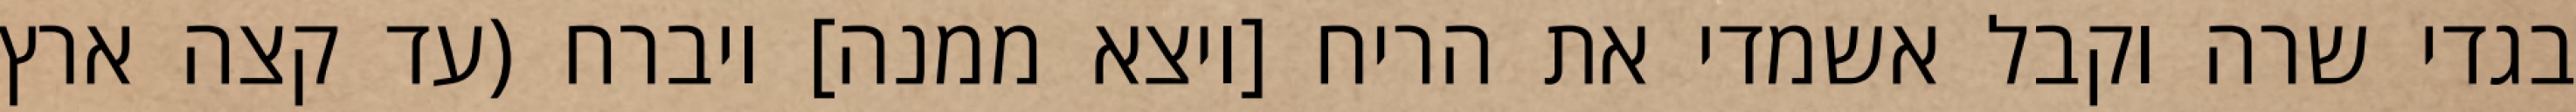
בגדי שרה וקבל אשמדי את הריח [ויצא ממנה] ויברח (עד קצה ארץ